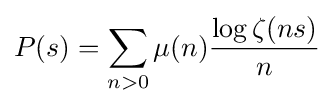
P(s)=\sum _{n>0}\mu (n){\frac {\log \zeta (ns)}{n}}